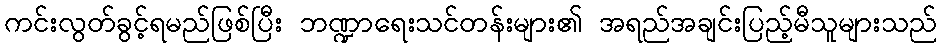
ကင်းလွတ်ခွင့်ရမည်ဖြစ်ပြီး ဘဏ္ဍာရေးသင်တန်းများ၏ အရည်အချင်းပြည့်မီသူများသည်